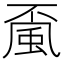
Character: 𩖲